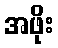
အဖိုး